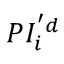
P I _ { i } ^ { ' d }